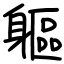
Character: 軀